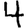
Digit: 4